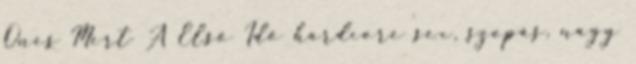
Ones Mert A Első Idő hardcore sex, szopás, nagy